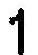
1